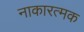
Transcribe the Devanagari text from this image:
नाकारत्मक